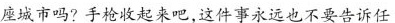
座城市吗?手枪收起来吧，这件事永远也不要告诉任